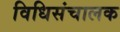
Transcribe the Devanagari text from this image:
विधिसंचालक